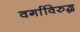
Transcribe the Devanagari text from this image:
वर्गाविरुद्ध